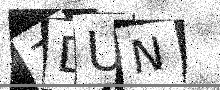
Text: ZDUN